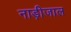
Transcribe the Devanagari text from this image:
नाड़ीजाल